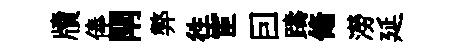
牘俸閈弊徃宦囙躊翛澇延